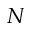
N